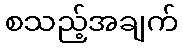
စသည့်အချက်